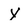
Character: Y